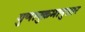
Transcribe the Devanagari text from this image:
गुणानुक्रमानुसार